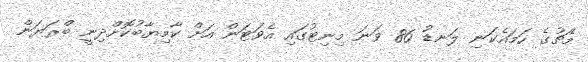
މެޗުގެ ހަމައެކަނި ލަނޑު 86 ވަނަ މިނިޓުގައި އެވަޓަން އަށްް ކާމިޔާބުކޮށްދިނީ ބްރަޔަން